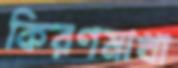
কিরণমাখা